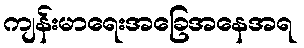
ကျန်းမာရေးအခြေအနေအရ